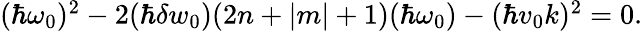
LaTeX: \begin{array}{r}{(\hbar\omega_{0})^{2}-2(\hbar\delta w_{0})(2n+|m|+1)(\hbar\omega_{0})-(\hbar v_{0}k)^{2}=0.}\end{array}